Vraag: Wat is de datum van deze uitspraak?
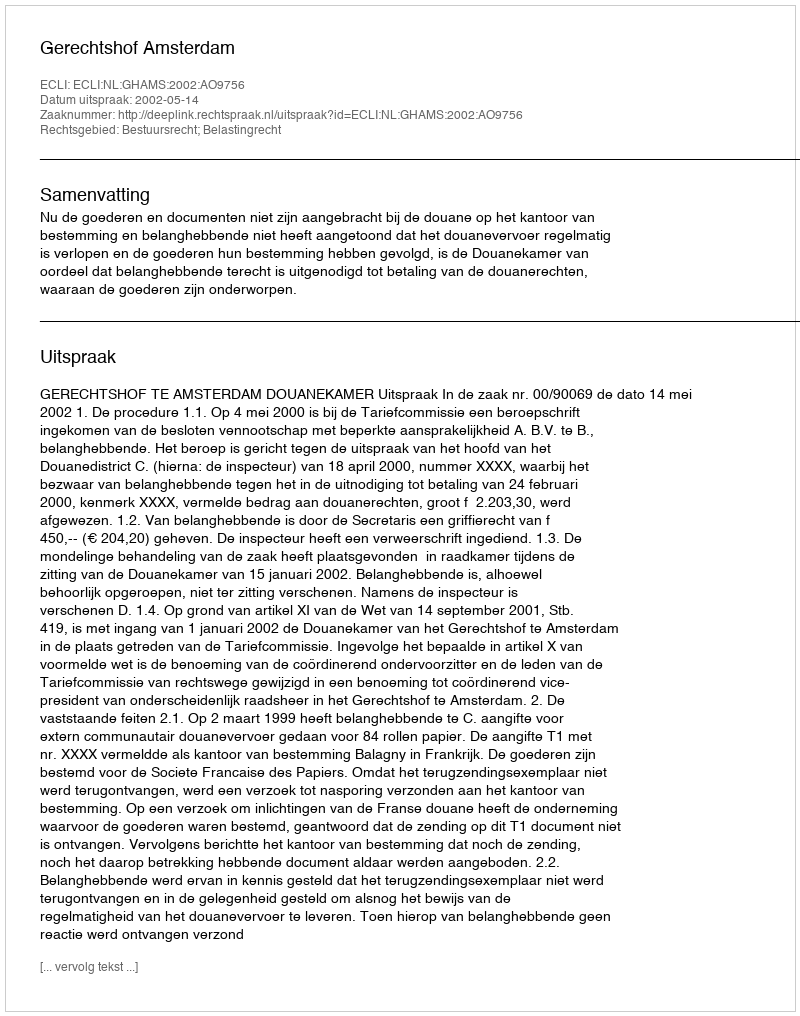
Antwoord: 2002-05-14